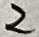
Text: 2